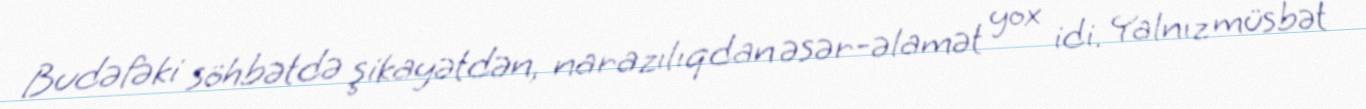
Budəfəki söhbətdə şikayətdən, narazılıqdan əsər-əlamət yox idi. Yalnız müsbət